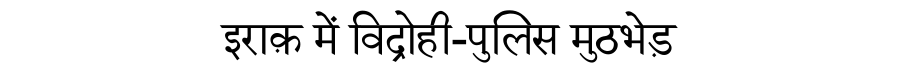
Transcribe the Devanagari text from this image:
इराक़ में विद्रोही-पुलिस मुठभेड़